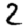
Digit: 2